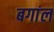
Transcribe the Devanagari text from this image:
बगांल